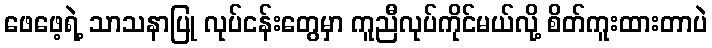
ဖေဖေ့ရဲ့ သာသနာပြု လုပ်ငန်းတွေမှာ ကူညီလုပ်ကိုင်မယ်လို့ စိတ်ကူးထားတာပဲ